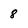
Character: 8